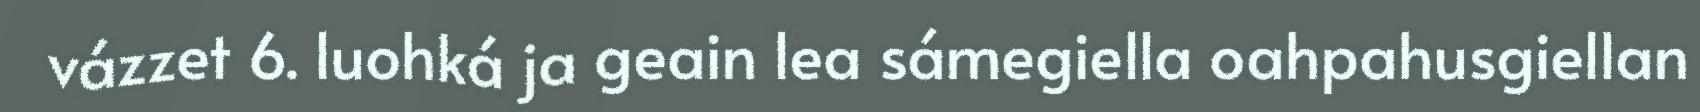
vázzet 6. luohká ja geain lea sámegiella oahpahusgiellan